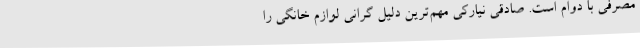
مصرفی با دوام است. صادقی نیارکی مهم‌ترین دلیل گرانی لوازم خانگی را